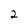
Character: 2